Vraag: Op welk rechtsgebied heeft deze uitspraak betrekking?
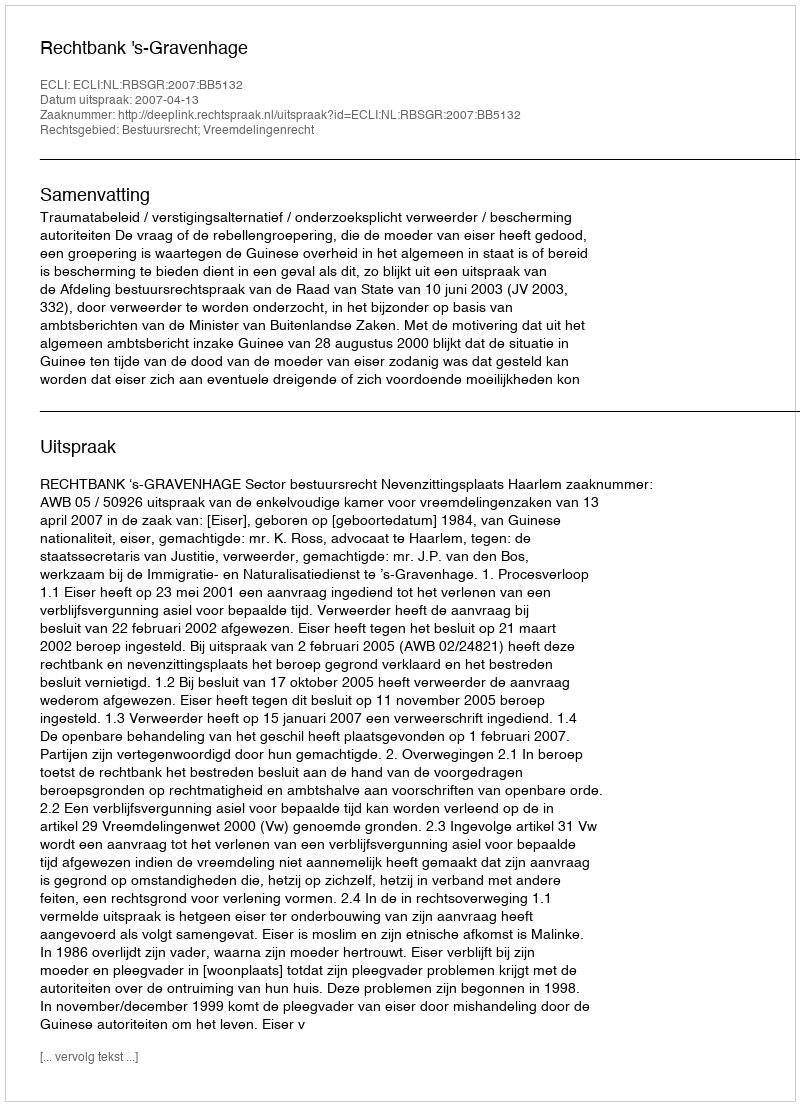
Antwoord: Bestuursrecht; Vreemdelingenrecht